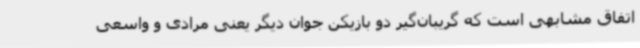
اتفاق مشابهی است که گریبان‌گیر دو بازیکن جوان دیگر یعنی مرادی و واسعی